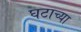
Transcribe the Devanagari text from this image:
घटाच्या